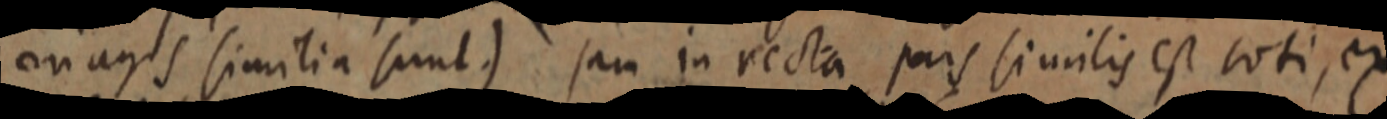
on agis similia sunt.) jam in recta pars similis est toti, ex